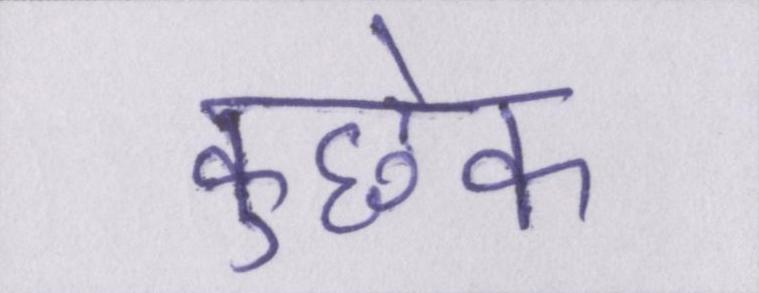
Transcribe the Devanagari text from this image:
कुछेक